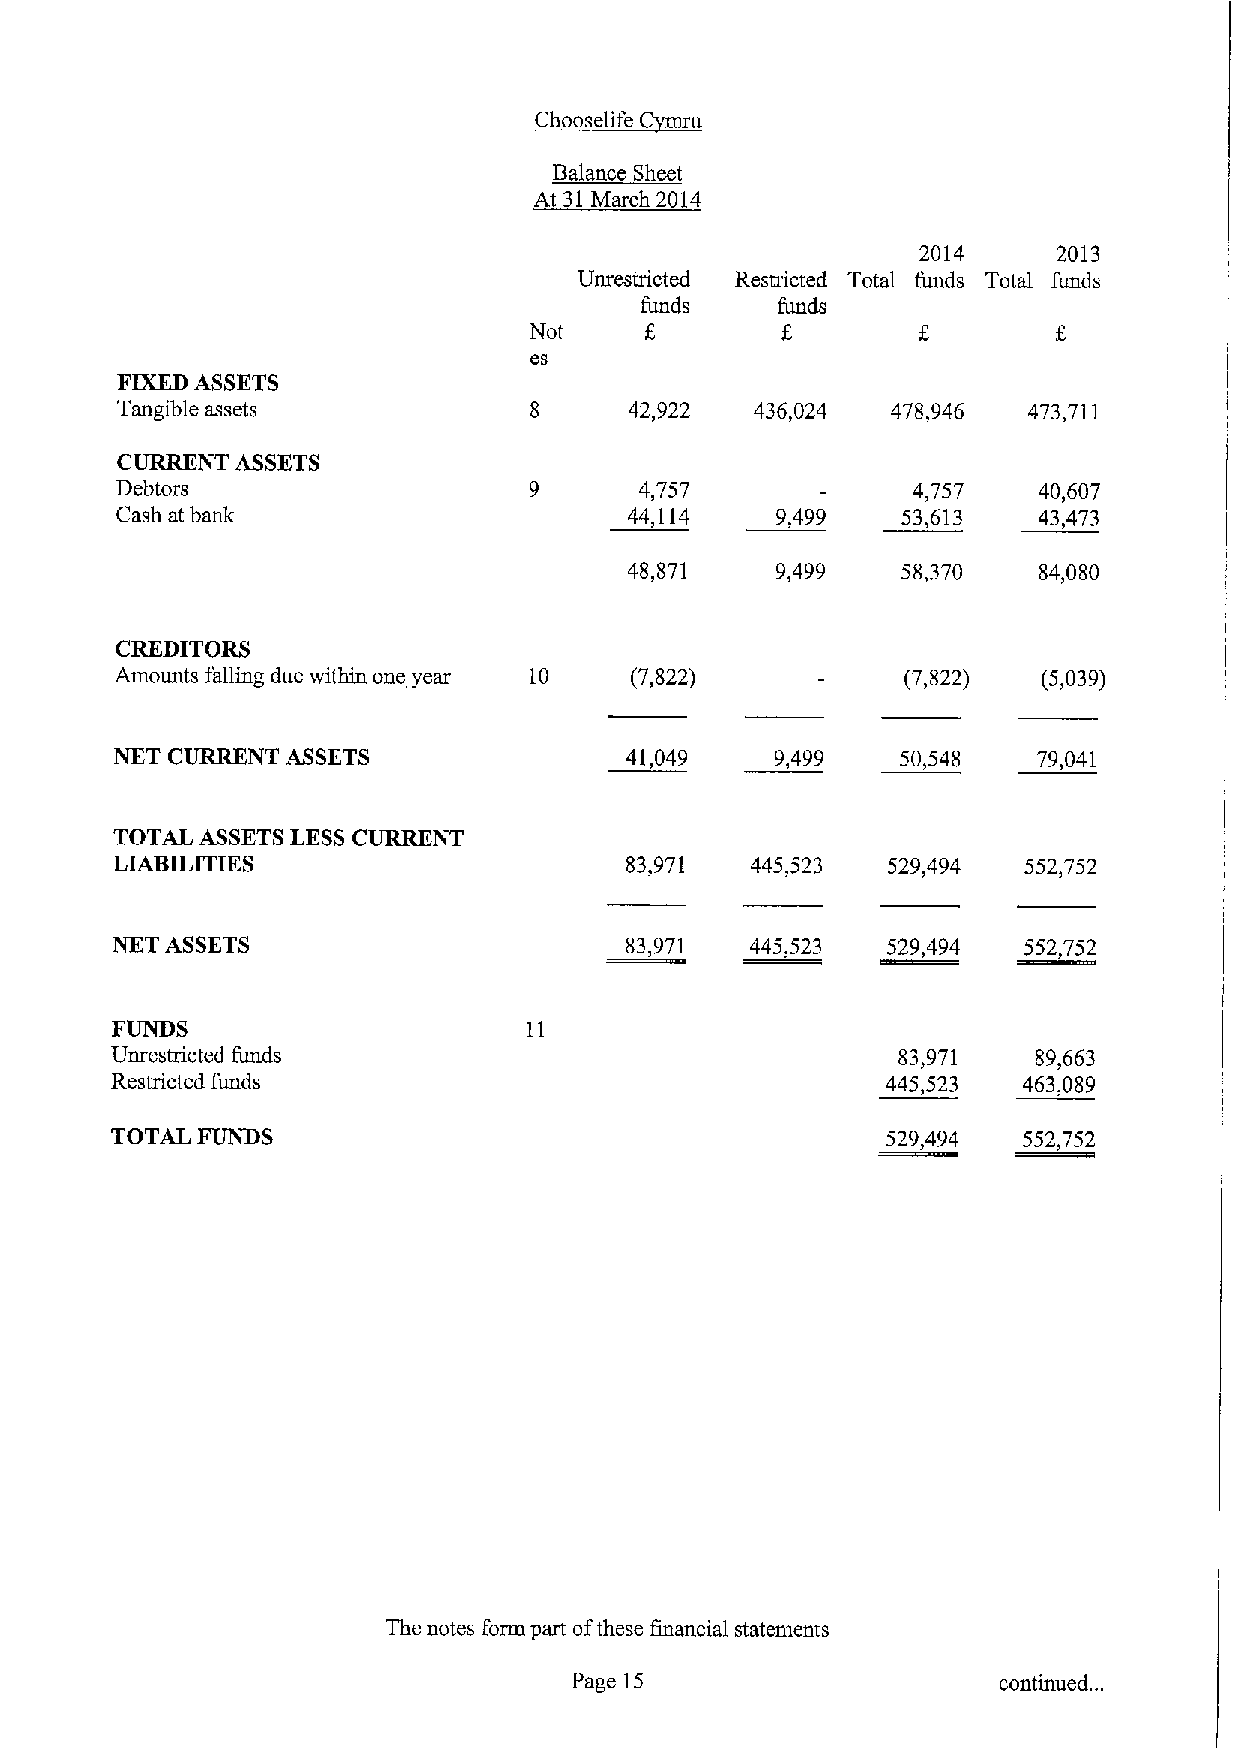
ill
 C~l
 Balance Sheet
 At 31March 2014
 2014     2013
 Unrestricted Restricted Total funds Total funds
 funds    funds
 f
 Not
 es
 FIXEDASSETS
 Tangible assets            8      42,922  436,024  478,946  473,711
 CURRENT ASSETS
 Debtors                           4,757             4,757    40,607
 Cash at bank                      44,114   9,499    53,613   43,473
 48,871   9,499    58,370   84,080
 CREDITORS
 Amounts falling due within one year 10 (7,822)      (7,822)  (5,039)
 NKT CURRENT ASSETS               41,049    9,499    50,548   79,041
 TOTAL ASSETSLESSCURRENT
 LIABILITIES                       83,971   445,523  529,494  552,752
 NET ASSETS                        83,971   445,523  529,494  552,752
 FUNDS
 Unrestricted funds                                  83,971    89,663
 Restricted funds                                    445,523  463,089
 TOTAL FUNDS                                         529,494  552,752
 The notes form part ofthese financial statements
 Page 15                     continued. ..